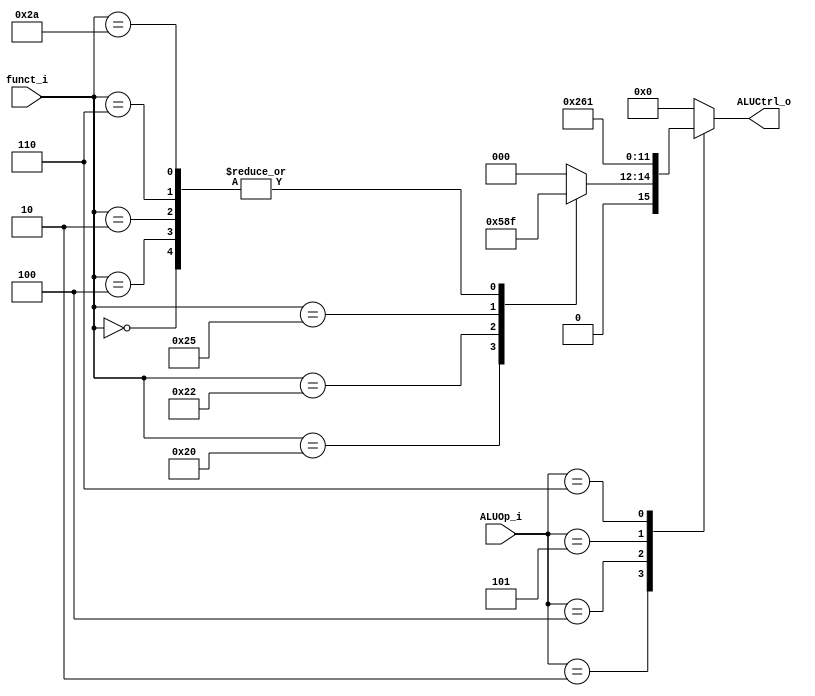
//Student ID: 0016311
//Subject:     CO project 2 - ALU Controller
//--------------------------------------------------------------------------------
//Version:     1
//--------------------------------------------------------------------------------
//Writer:      
//----------------------------------------------
//Date:        
//----------------------------------------------
//Description: 
//--------------------------------------------------------------------------------

module ALU_Ctrl(
          funct_i,
          ALUOp_i,
          ALUCtrl_o
          );
          
//I/O ports 
input      [6-1:0] funct_i;
input      [3-1:0] ALUOp_i;

output     [4-1:0] ALUCtrl_o;    
     
//Internal Signals
reg        [4-1:0] ALUCtrl_o;

//Parameter


always @(*) 
begin
	case(ALUOp_i)
	3'b010:		//R-type
	begin
		case (funct_i)
		6'b000000:	//SLL
		begin
			ALUCtrl_o <= 4'b0111;
		end
		6'b000100:	//SLLV
		begin
			ALUCtrl_o <= 4'b0111;
		end
		6'b000010:	//SRL
		begin
			ALUCtrl_o <= 4'b0111;
		end
		6'b000110:	//SRLV
		begin
			ALUCtrl_o <= 4'b0111;
		end
		
		6'b100000:	//addition
		begin
			ALUCtrl_o <= 4'b0010;
		end
		6'b100010:	//subtraction
		begin
			ALUCtrl_o <= 4'b0110;
		end
		6'b100100:	//logic and
		begin
			ALUCtrl_o <= 4'b0000;
		end
		6'b100101:	//logic or
		begin
			ALUCtrl_o <= 4'b0001;
		end
		6'b101010:	//set on less than
		begin
			ALUCtrl_o <= 4'b0111;
		end
		default:
		begin
			ALUCtrl_o <= 4'b0000;
		end
		endcase
	end
	3'b100:		//add immediate
	begin
		ALUCtrl_o <= 4'b0010;
	end
	3'b101:		//Branch on Equal
	begin
		ALUCtrl_o <= 4'b0110;
	end	
	3'b110:		//OR immedicate
	begin
		ALUCtrl_o <= 4'b0001;
	end
	default:
	begin
		ALUCtrl_o <= 4'b0000;
	end
	endcase
end
       
//Select exact operation

endmodule